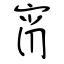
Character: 宵